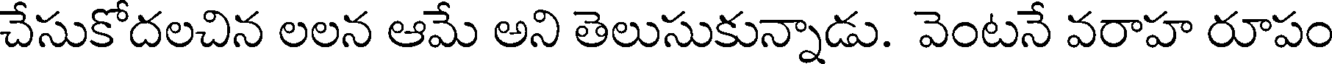
చేసుకోదలచిన లలన ఆమే అని తెలుసుకున్నాడు. వెంటనే వరాహ రూపం